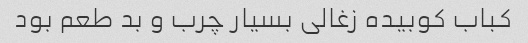
کباب کوبیده زغالی بسیار چرب و بد طعم بود